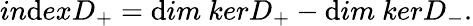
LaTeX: in\mathrm{d}exD_{+}=\mathrm{d}im{\ }kerD_{+}-\mathrm{d}im{\ }kerD_{-}.